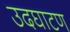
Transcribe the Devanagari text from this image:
उदघाटण